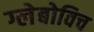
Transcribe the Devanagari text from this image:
ग्लेबोविच